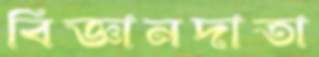
বিজ্ঞানদাতা